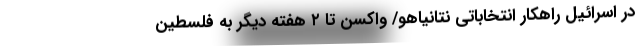
در اسرائیل راهکار انتخاباتی نتانیاهو/ واکسن تا ۲ هفته دیگر به فلسطین